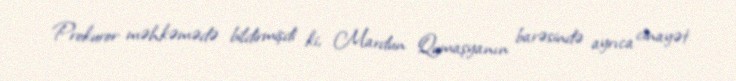
Prokuror məhkəmədə bildirmişdi ki, Mardun Qumaşyanın barəsində ayrıca cinayət